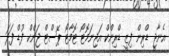
އެނާޖީ ޑްރިން ފިޒީ ޑްރިންކް އަޖިނަމޮޓޯ ޓޮމާޓޯ ޕޭސްޓް ޖަންކް ފުޑް ފަދަ